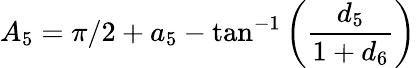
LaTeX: {A_{5}}=\pi/2+{a_{5}}-\tan^{-1}\left(\frac{d_{5}}{1+d_{6}}\right)